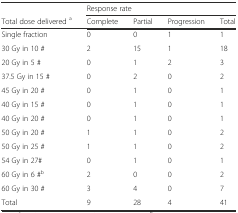
<table><thead><tr><td></td><td colspan="4"><b>Response rate</b></td></tr><tr><td><b>Total dose delivered <sup>a</sup></b></td><td><b>Complete</b></td><td><b>Partial</b></td><td><b>Progression</b></td><td><b>Total</b></td></tr></thead><tbody><tr><td>Single fraction</td><td>0</td><td>0</td><td>1</td><td>1</td></tr><tr><td>30 Gy in 10 #</td><td>2</td><td>15</td><td>1</td><td>18</td></tr><tr><td>20 Gy in 5 #</td><td>0</td><td>1</td><td>2</td><td>3</td></tr><tr><td>37.5 Gy in 15 #</td><td>0</td><td>2</td><td>0</td><td>2</td></tr><tr><td>45 Gy in 20 #</td><td>0</td><td>1</td><td>0</td><td>1</td></tr><tr><td>40 Gy in 15 #</td><td>0</td><td>1</td><td>0</td><td>1</td></tr><tr><td>40 Gy in 20 #</td><td>0</td><td>1</td><td>0</td><td>1</td></tr><tr><td>50 Gy in 20 #</td><td>1</td><td>1</td><td>0</td><td>2</td></tr><tr><td>50 Gy in 25 #</td><td>1</td><td>1</td><td>0</td><td>2</td></tr><tr><td>54 Gy in 27#</td><td>0</td><td>1</td><td>0</td><td>1</td></tr><tr><td>60 Gy in 6 #<sup>b</sup></td><td>2</td><td>0</td><td>0</td><td>2</td></tr><tr><td>60 Gy in 30 #</td><td>3</td><td>4</td><td>0</td><td>7</td></tr><tr><td>Total</td><td>9</td><td>28</td><td>4</td><td>41</td></tr></tbody></table>